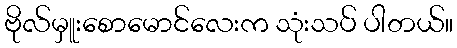
ဗိုလ်မှူးစောမောင်လေးက သုံးသပ် ပါတယ်။